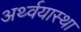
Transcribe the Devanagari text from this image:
अर्थ्वयास्था